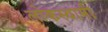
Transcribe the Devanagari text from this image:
लोकस्वामी